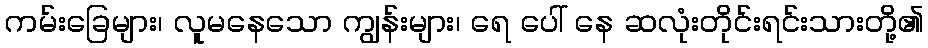
ကမ်းခြေများ၊ လူမနေသော ကျွန်းများ၊ ရေ ပေါ် နေ ဆလုံးတိုင်းရင်းသားတို့၏